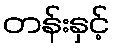
တန်းနှင့်